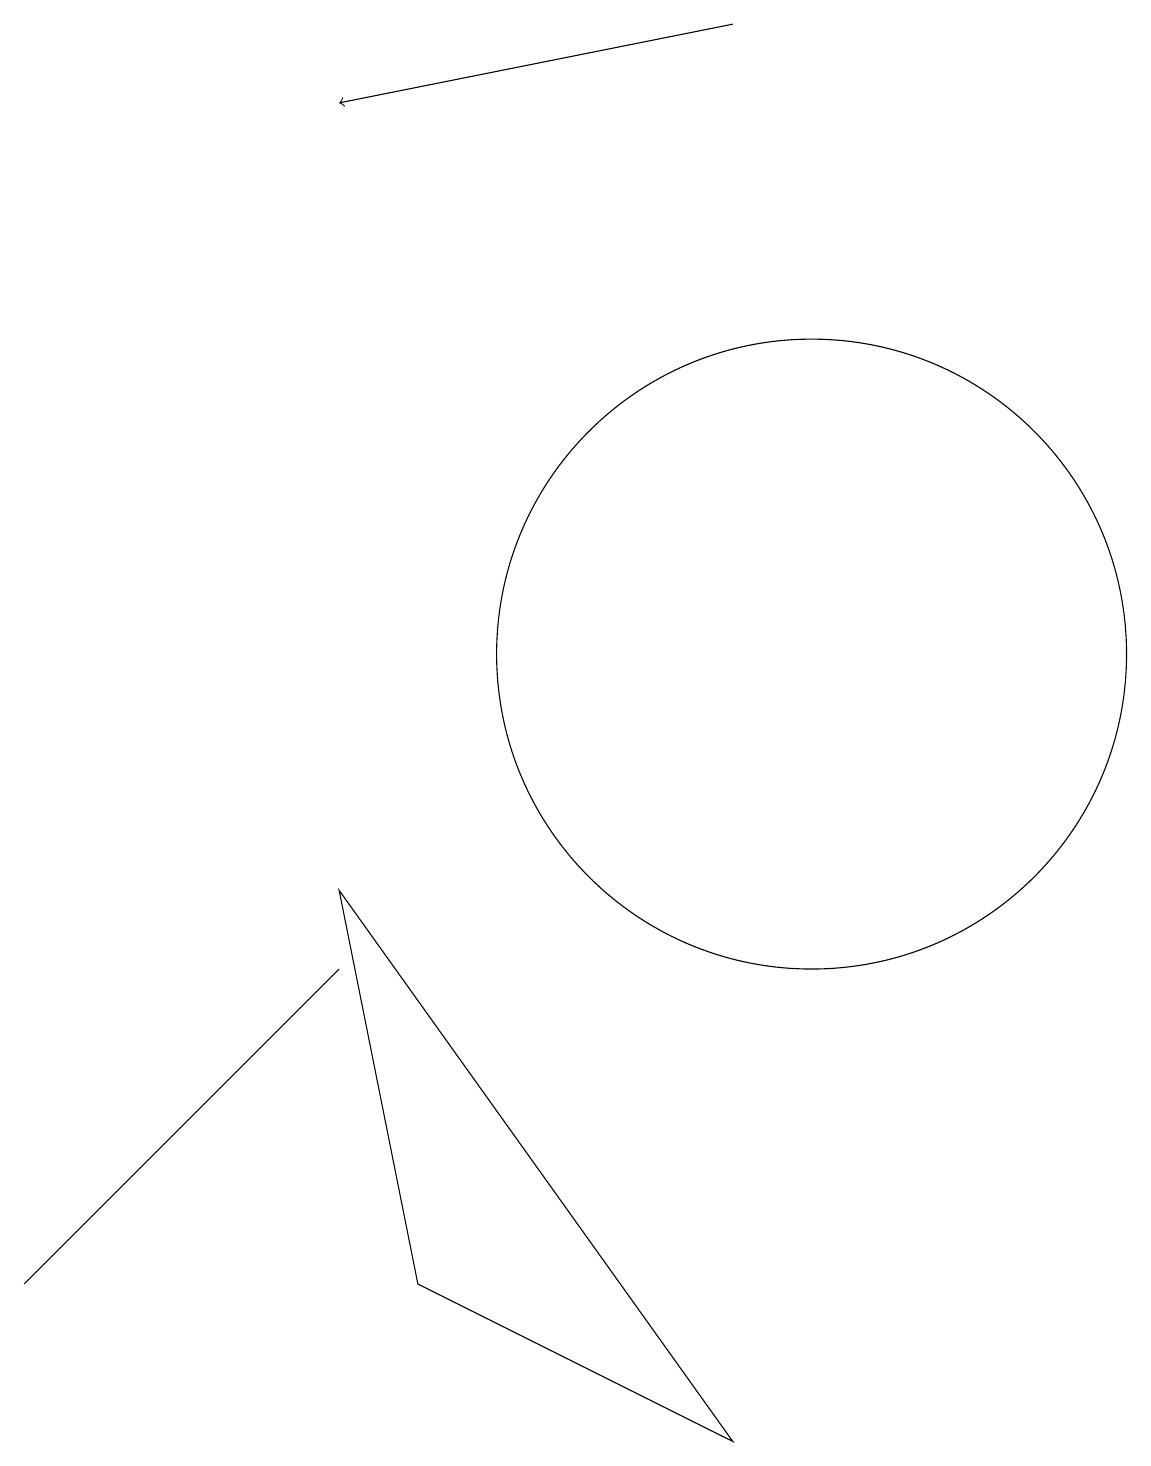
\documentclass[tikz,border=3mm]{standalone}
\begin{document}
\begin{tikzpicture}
\draw (4,7) -- (3,6) -- (0,3) -- cycle;
\draw (9,1) -- (4,8) -- (5,3) -- cycle;
\draw (10,11) circle (4);
\draw[->] (9,19) -- (4,18);
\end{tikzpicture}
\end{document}